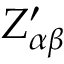
Z _ { \alpha \beta } ^ { \prime }